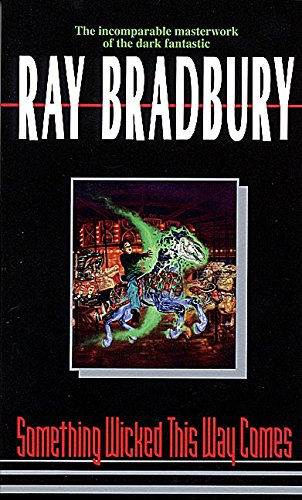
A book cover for Something Wicked This Way Comes; Ray Bradbury; Science Fiction & Fantasy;